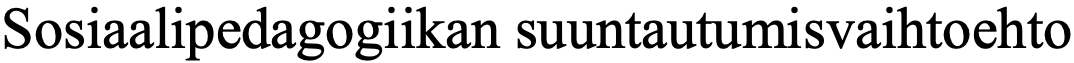
Sosiaalipedagogiikan suuntautumisvaihtoehto